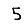
Digit: 5